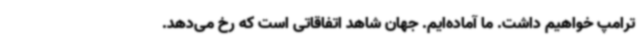
ترامپ خواهیم داشت. ما آماده‌ایم. جهان شاهد اتفاقاتی است که رخ می‌دهد.